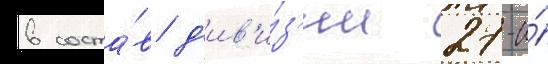
в соста́в д'ив'и́з'ии 27-и́